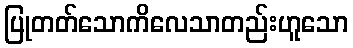
ပြုတတ်သောကိလေသာတည်းဟူသော